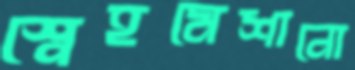
স্নেহমেশানো